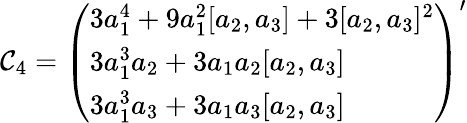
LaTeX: {\cal C}_{4}=\left(\begin{array}{l}{{3a_{1}^{4}+9a_{1}^{2}[a_{2},a_{3}]+3[a_{2},a_{3}]^{2}}}\\ {{3a_{1}^{3}a_{2}+3a_{1}a_{2}[a_{2},a_{3}]}}\\ {{3a_{1}^{3}a_{3}+3a_{1}a_{3}[a_{2},a_{3}]}}\end{array}\right)^{\prime}